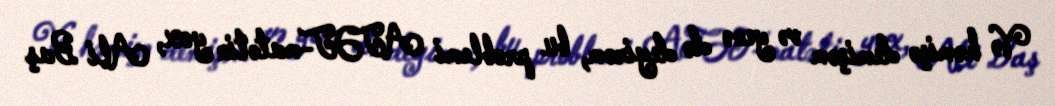
Və həmişə demişəm və yenə də deyirəm, bu problemi ATƏT-matətin yox, Ali Baş